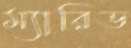
ম্যারিড